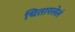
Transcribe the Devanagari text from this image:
चितारलेलं